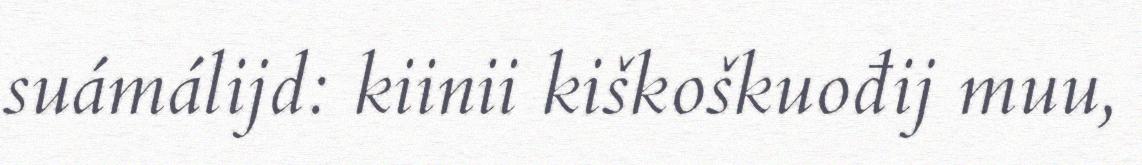
suámálijd: kiinii kiškoškuođij muu,